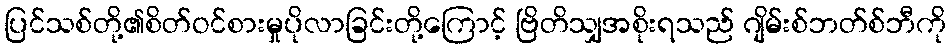
ပြင်သစ်တို့၏စိတ်ဝင်စားမှုပိုလာခြင်းတို့ကြောင့် ဗြိတိသျှအစိုးရသည် ဂျိမ်းစ်ဘတ်စ်ဘီကို